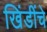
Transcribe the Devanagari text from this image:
खिंडींचे